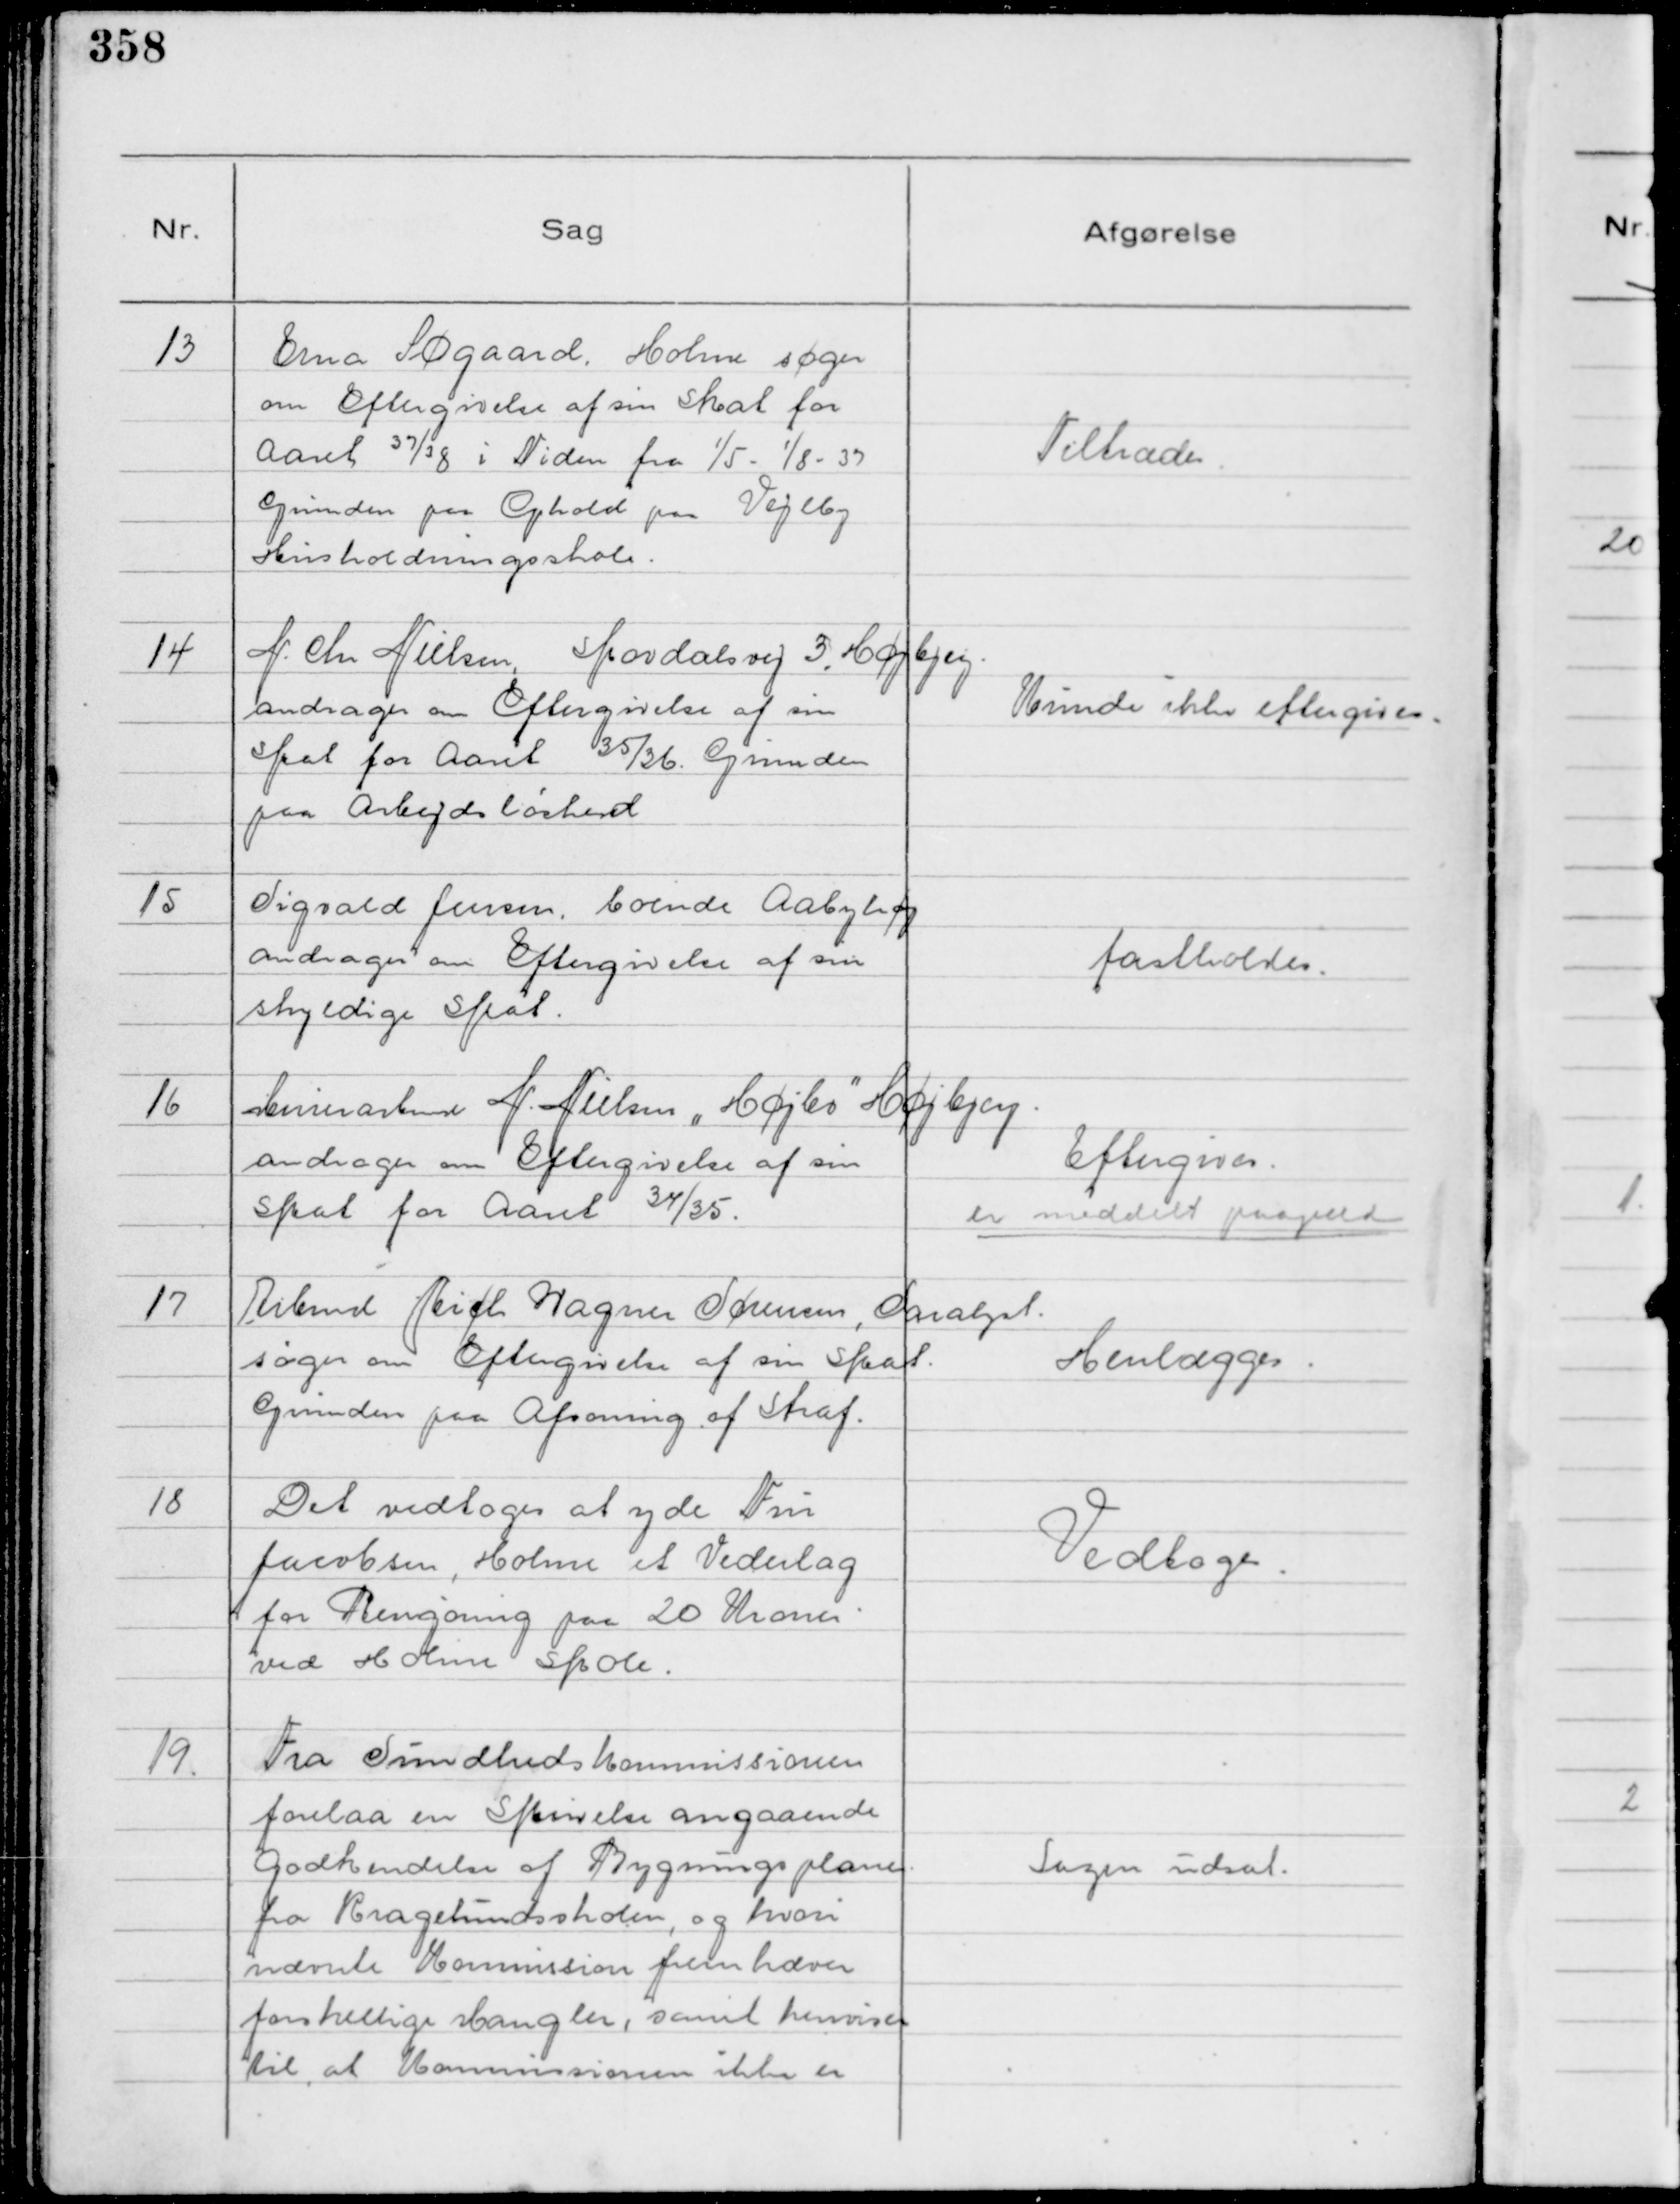
Transskription:
13
Erna Søgaard, Holme søger
om Eftergivelse af sin Skat for
Aaret 37/38 i Tiden fra
1/5-1/8 - 37



Grunden paa Ophold paa Vejlby
Husholdningsskole.

Tiltrædes.

14
N. Chr Nielsen, Skovdalsvej 3, Højbjerg.
andrager om Eftergivelse af sin
Skat for Aaret 35/36. Grunden
paa Arbejdsløshed

Kunde ikke eftergives.

15
Sigvald Jensen, boende Aabyhøj
andrager om Eftergivelse af sin
skyldige Skat.

fastholdes.

16
Murerarbmd N. Nielsen "Højbo"

Højbjerg.
andrager om Eftergivelse af sin
Skat for Aaret 34/35.

Eftergives.
er meddelt paagld

17
Arbmd Rich Wagner Sørensen, Saralyst.
søger om Eftergivelse af sin Skat.
Grunden paa Afsoning af Straf.

Henlægges.

18
Det vedtoges at yde Fru
Jacobsen, Holme et Vederlag
for Rengøring paa 20 Kroner
ved Holme Skole.

Vedtoges.

19.
Fra Sundhedskommissionen
forelaa en Skrivelse angaaende
Godkendelse af Bygningsplanen
fra Kragelundsskolen, og hvori
nævnte Kommission fremhæver
forskellige Mangler, samt henviser
til, at Kommissionen ikke er

Sagen udsat.